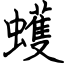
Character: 蠖